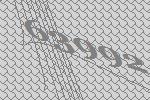
63992